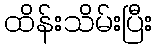
ထိန်းသိမ်းပြီး